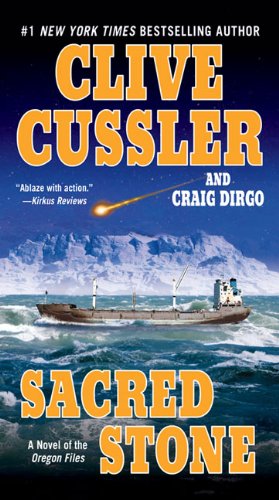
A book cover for Sacred Stone (The Oregon Files); Clive Cussler; Literature & Fiction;